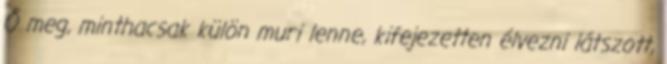
Ő meg, minthacsak külön muri lenne, kifejezetten élvezni látszott,